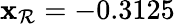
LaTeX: \mathbf{x}_{\mathcal{R}}=-0.3125